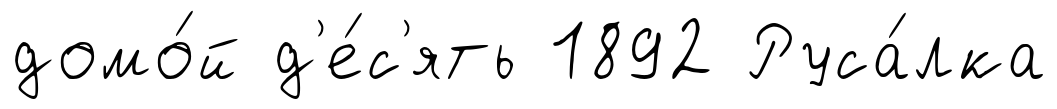
домо́й д'е́с'ять 1892 Руса́лка